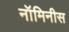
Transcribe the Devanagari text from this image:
नॉमिनीस